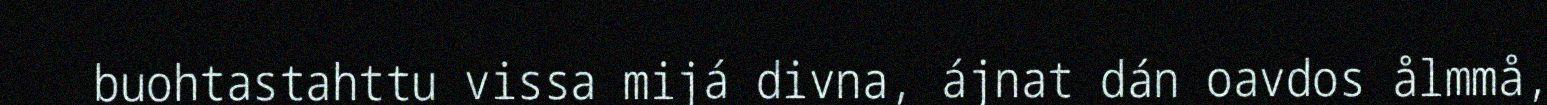
buohtastahttu vissa mijá divna, ájnat dán oavdos ålmmå,